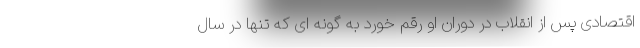
اقتصادی پس از انقلاب در دوران او رقم خورد به گونه ای که تنها در سال